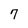
Character: 7